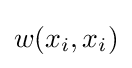
w(x_{i},x_{i})